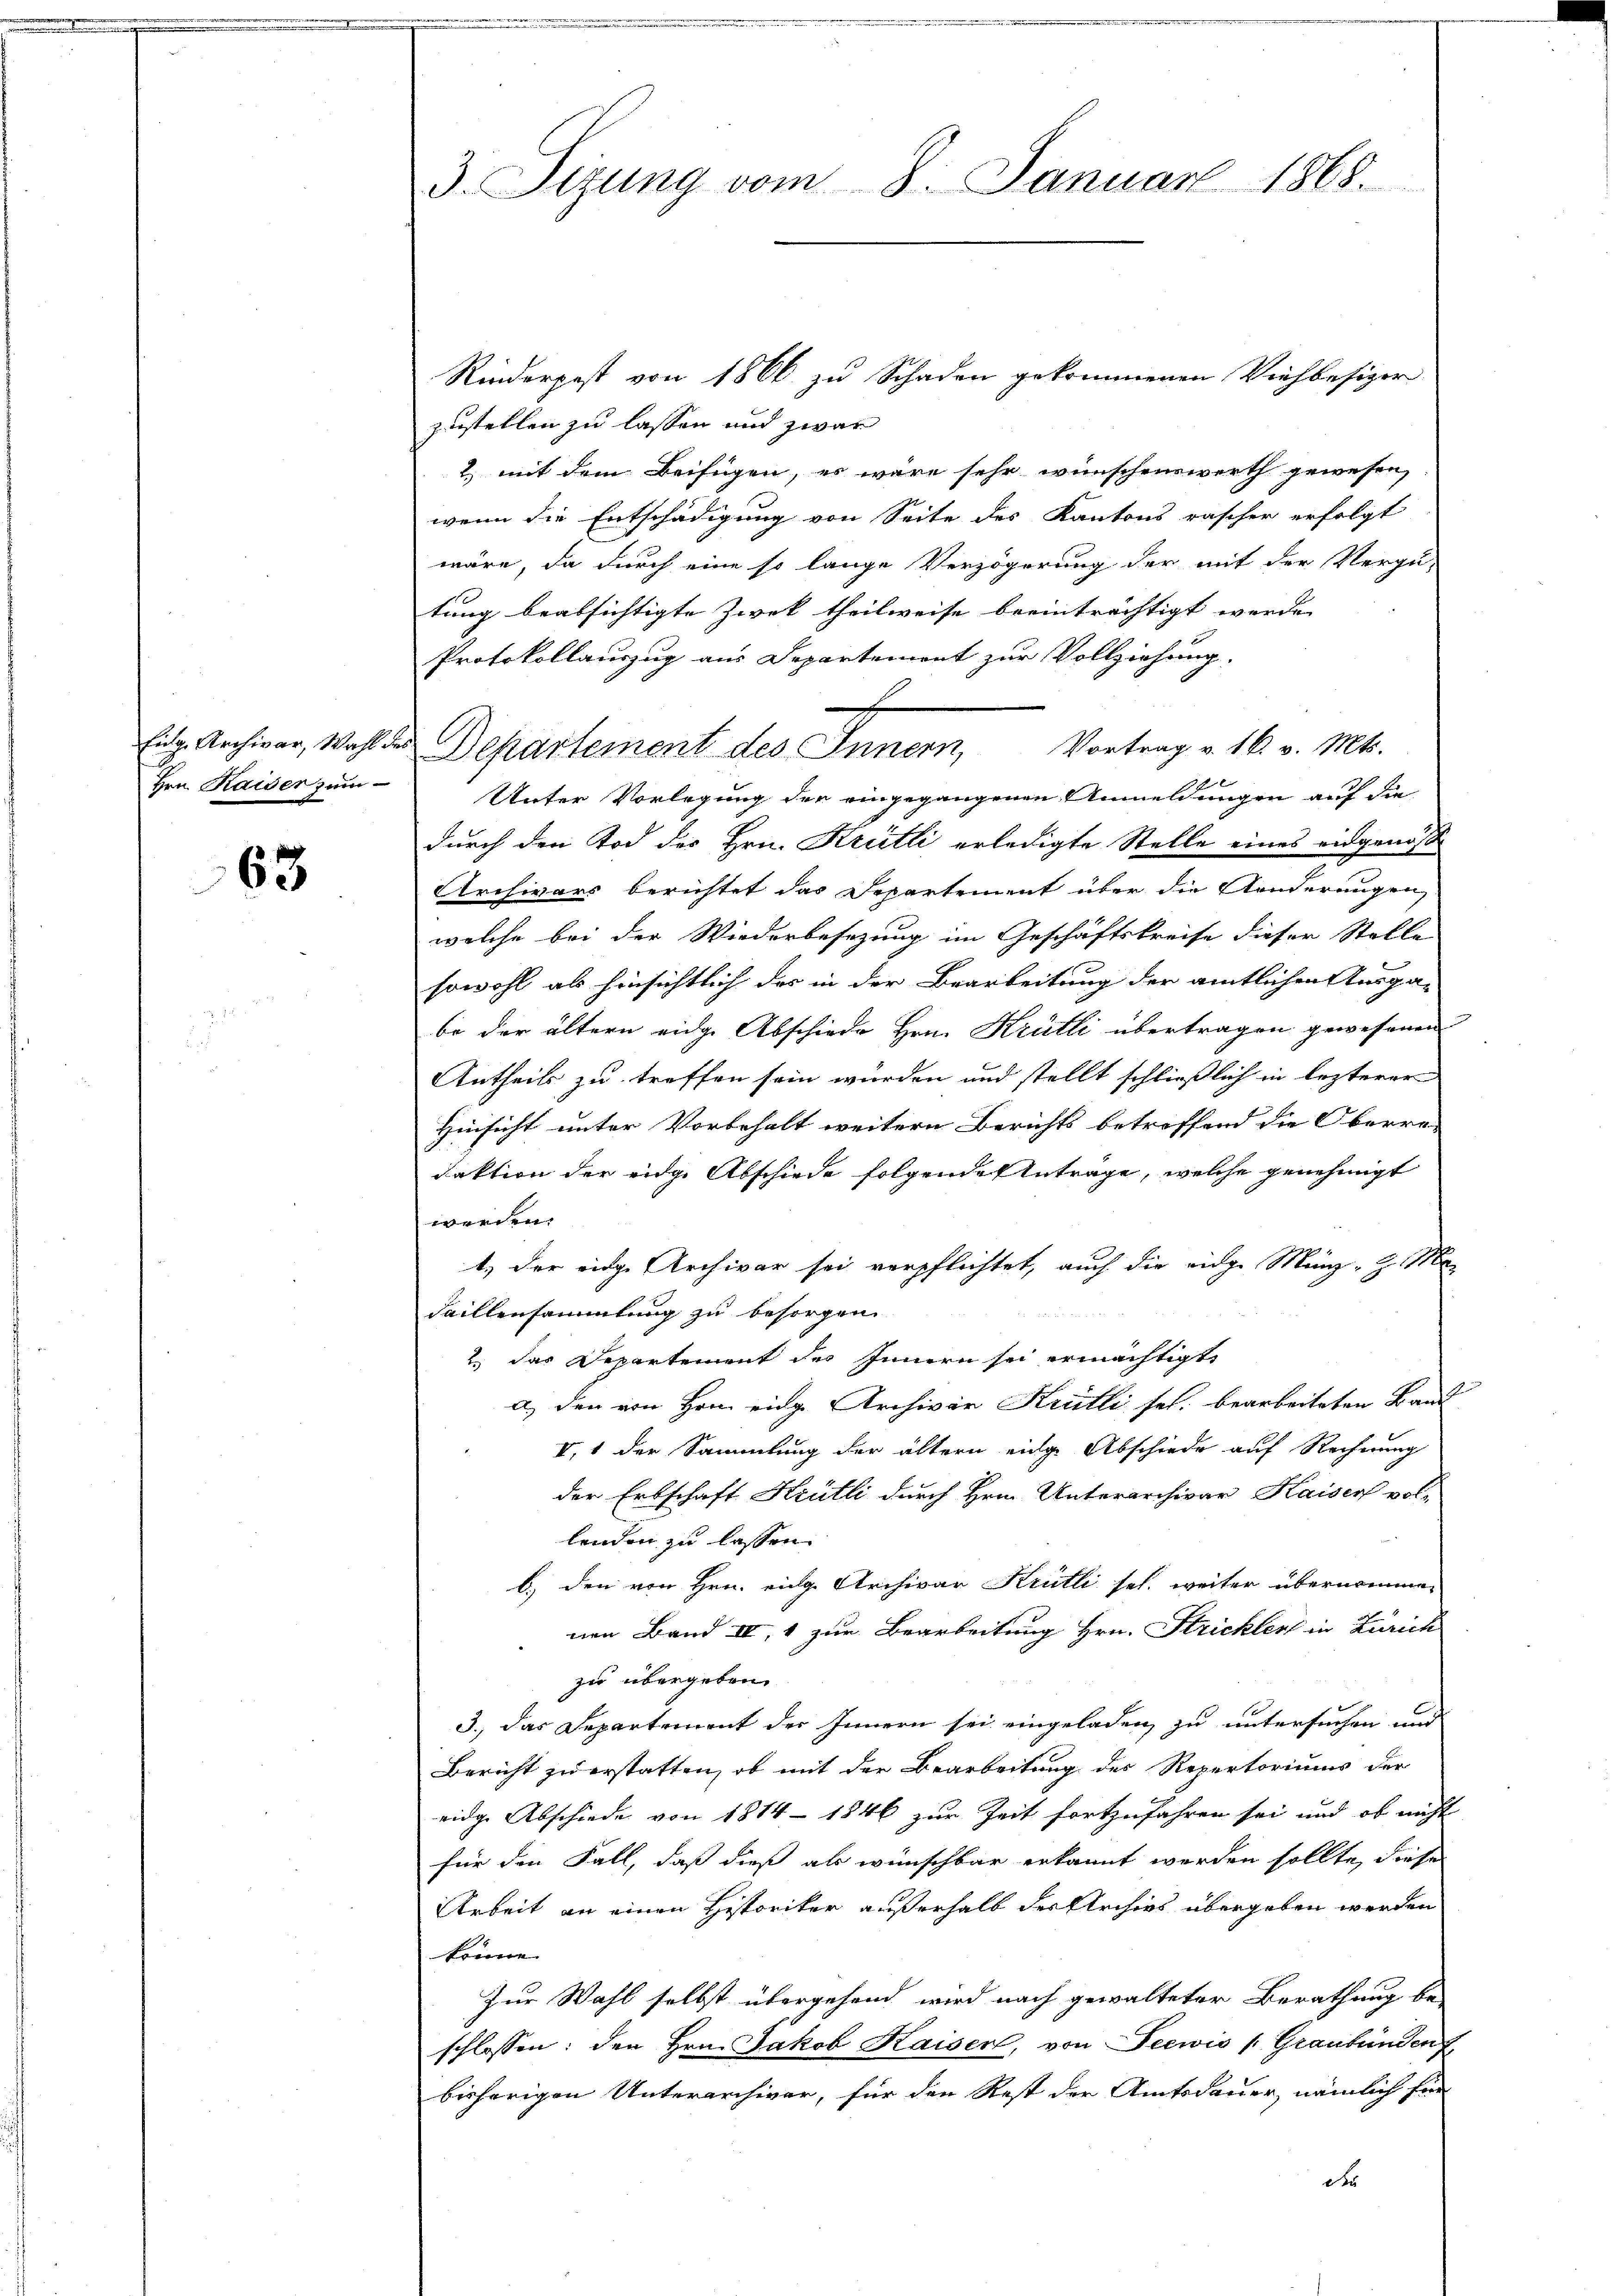
Eig. Archivar, Wahl

63.

3. Sizung vom 8. Januar 1868.

Rinderpest von 1866 zu Schaden gekommenen Viehbesizer
zustellen zu lassen und zwar
2) mit dem Beifügen, es wäre sehr wünschenswerth gewesen,
wenn die Entschädigung von Seite des Kantons rascher erfolgt
wäre, da durch eine so lange Verzögerung der mit der Vergü-
tung beabsichtigte Zwek theilweise beeinträchtigt werde. |
Protokollauszug aus Departement zur Vollziehung.
Departement des Innern, Vortrag v. 16. v. Mts.
Hrn. Kaiser zum Unter Vorlegung der eingegangenen Anmeldungen auf die
durch den Tod des Hrn. Krutti erledigte Stelle eines eidgenöß
Archivars berichtet das Departement über die Aenderungen,
welche bei der Wiederbesezung im Geschäftskreise dieser Stelle
sowohl als hinsichtlich des in der Bearbeitung der amtlichen Ausga-
be der ältern eidge Abschiede Hrn. Krütli übertragen gewesenen
Antheils zu treffen sein würden und stellt schließlich in lezterer
Hinsicht unter Vorbehalt weitern Berichts betreffend die Oberre-
daktion der eidge Abschiede folgende Antrage, welche genehmigt
werden.
t) der eidge Archivar sei verpflichtet, auch die eige Menz, Her
Faillensammlung zu besorgen
2 das Departement des Innern sei ermächtigt
a) den von Hrn. eidg. Archivar Krütli sel. bearbeiteten Band
V, 1 der Sammlung der ältern einge Abschiede auf Rechnung
der Erbschaft Krütli durch Hrn. Unterarchivar Kaiser vol-
lenden zu lassen.
b.) den von Hrn. eige Archivar Krütli sel. weiter übernommen
nen Band II, 1 zur Bearbeitung Hrn. Stricklert in Zürich
zu übergeben
3.) Das Departement der Innern sei eingeladen, zu untersuchen und
Bericht zu erstatten, ob mit der Bearbeitung des Repertoriums der
eidge Abschiede von 1814 - 1846 zur Zeit fortzufahren sei und ob nicht
für den Fall, daß dieß als wünschbar erkannt werden sollte, diese
Arbeit an einen Historiker außerhalb der Archivs übergeben werden
könne.
Zur Wahl selbst übergehend wird nach gewalteter Berathung be-
schlossen: den Hrn. Jakob Kaiser, von Seewis /: Graubünden f
bisherigen Unterarchivar, für den Rest der Amtsdauer, nämlich für
d